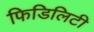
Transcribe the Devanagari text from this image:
फिडिलिटी